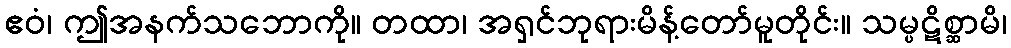
ဧဝံ၊ ဤအနက်သဘောကို။ တထာ၊ အရှင်ဘုရားမိန့်တော်မူတိုင်း။ သမ္ပဋိစ္ဆာမိ၊